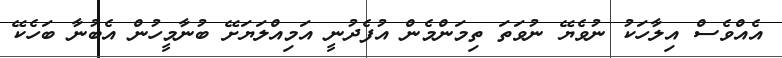
އެއްވެސް އިލާހަކު ނުވެޔޭ ނުވަތަ ތިމަންމެން އުފެދުނީ އަމިއްލަޔަށޭ ބުނާމީހުން އެބުނާ ބަހެކޭ